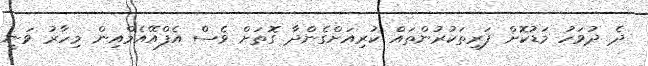
ދެ ދުވަހު މަޑުކޮށް ފަރިތަކުރުންތައް ކުރިއަށްގެންދާ ގޮތަށް ވެސް އެފްއޭއެމްއިން މިހާރު ވަނީ